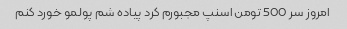
امروز سر 500 تومن اسنپ مجبورم کرد پیاده شم پولمو خورد کنم